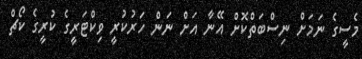
މެސީގެ ނަމަށް ނިސްބަތްކޮށް އޭނާ އަށް ނަން ހަރުކުރީ ވިކްޓަރީގެ ކުރީގެ ކޯޗް